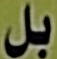
بل